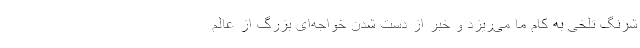
شرنگ تلخی به کام ما می‌ریزد و خبر از دست شدن خواجه‌ای بزرگ از عالم